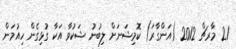
21 މާރޗް 2012 (އަންގާރަ) ކޮމިޝަނަށް ލިބުނު ޝަކުވާ އަކާ ގުޅިގެން ހިއުމަން